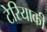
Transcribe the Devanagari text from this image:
टेरियाकी